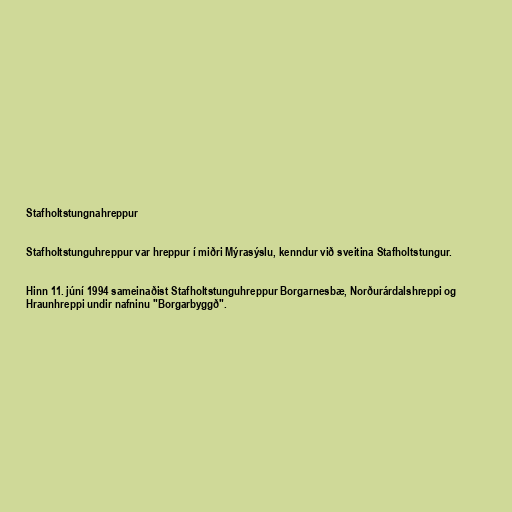
Stafholtstungnahreppur

Stafholtstunguhreppur var hreppur í miðri Mýrasýslu, kenndur við sveitina Stafholtstungur.

Hinn 11. júní 1994 sameinaðist Stafholtstunguhreppur Borgarnesbæ, Norðurárdalshreppi og
Hraunhreppi undir nafninu "Borgarbyggð".